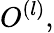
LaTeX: O^{(l)},